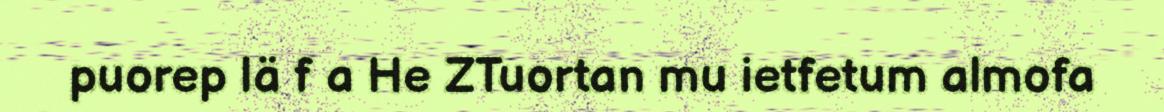
puorep lä f a He ZTuortan mu ietfetum almofa